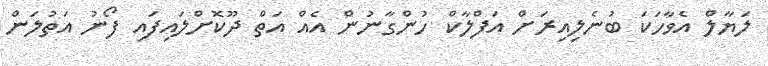
ލަޔާލް އެވާހަކަ ބުނެލިއިރަށް އަފްލާކް ހުންގާނުން އެއް އަތް ދޫކޮށްލައިފައި ފޯނު އަތުލަން